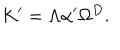
LaTeX: K ^ { \prime } = \Lambda \alpha ^ { \prime } \Omega ^ { D } .